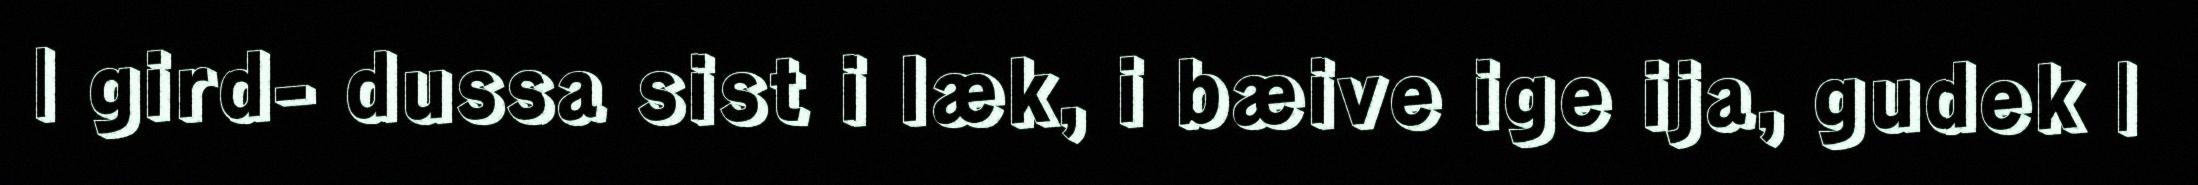
| gird- dussa sist i læk, i bæive ige ija, gudek |